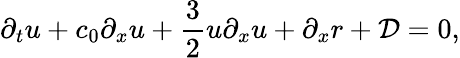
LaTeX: \partial_{t}u+c_{0}\partial_{x}u+\frac{3}{2}u\partial_{x}u+\partial_{x}r+\mathcal{D}=0,